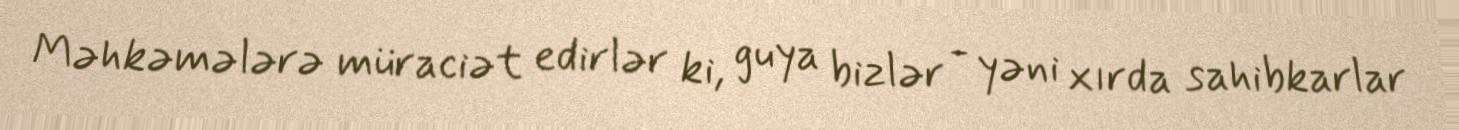
Məhkəmələrə müraciət edirlər ki, guya bizlər - yəni xırda sahibkarlar